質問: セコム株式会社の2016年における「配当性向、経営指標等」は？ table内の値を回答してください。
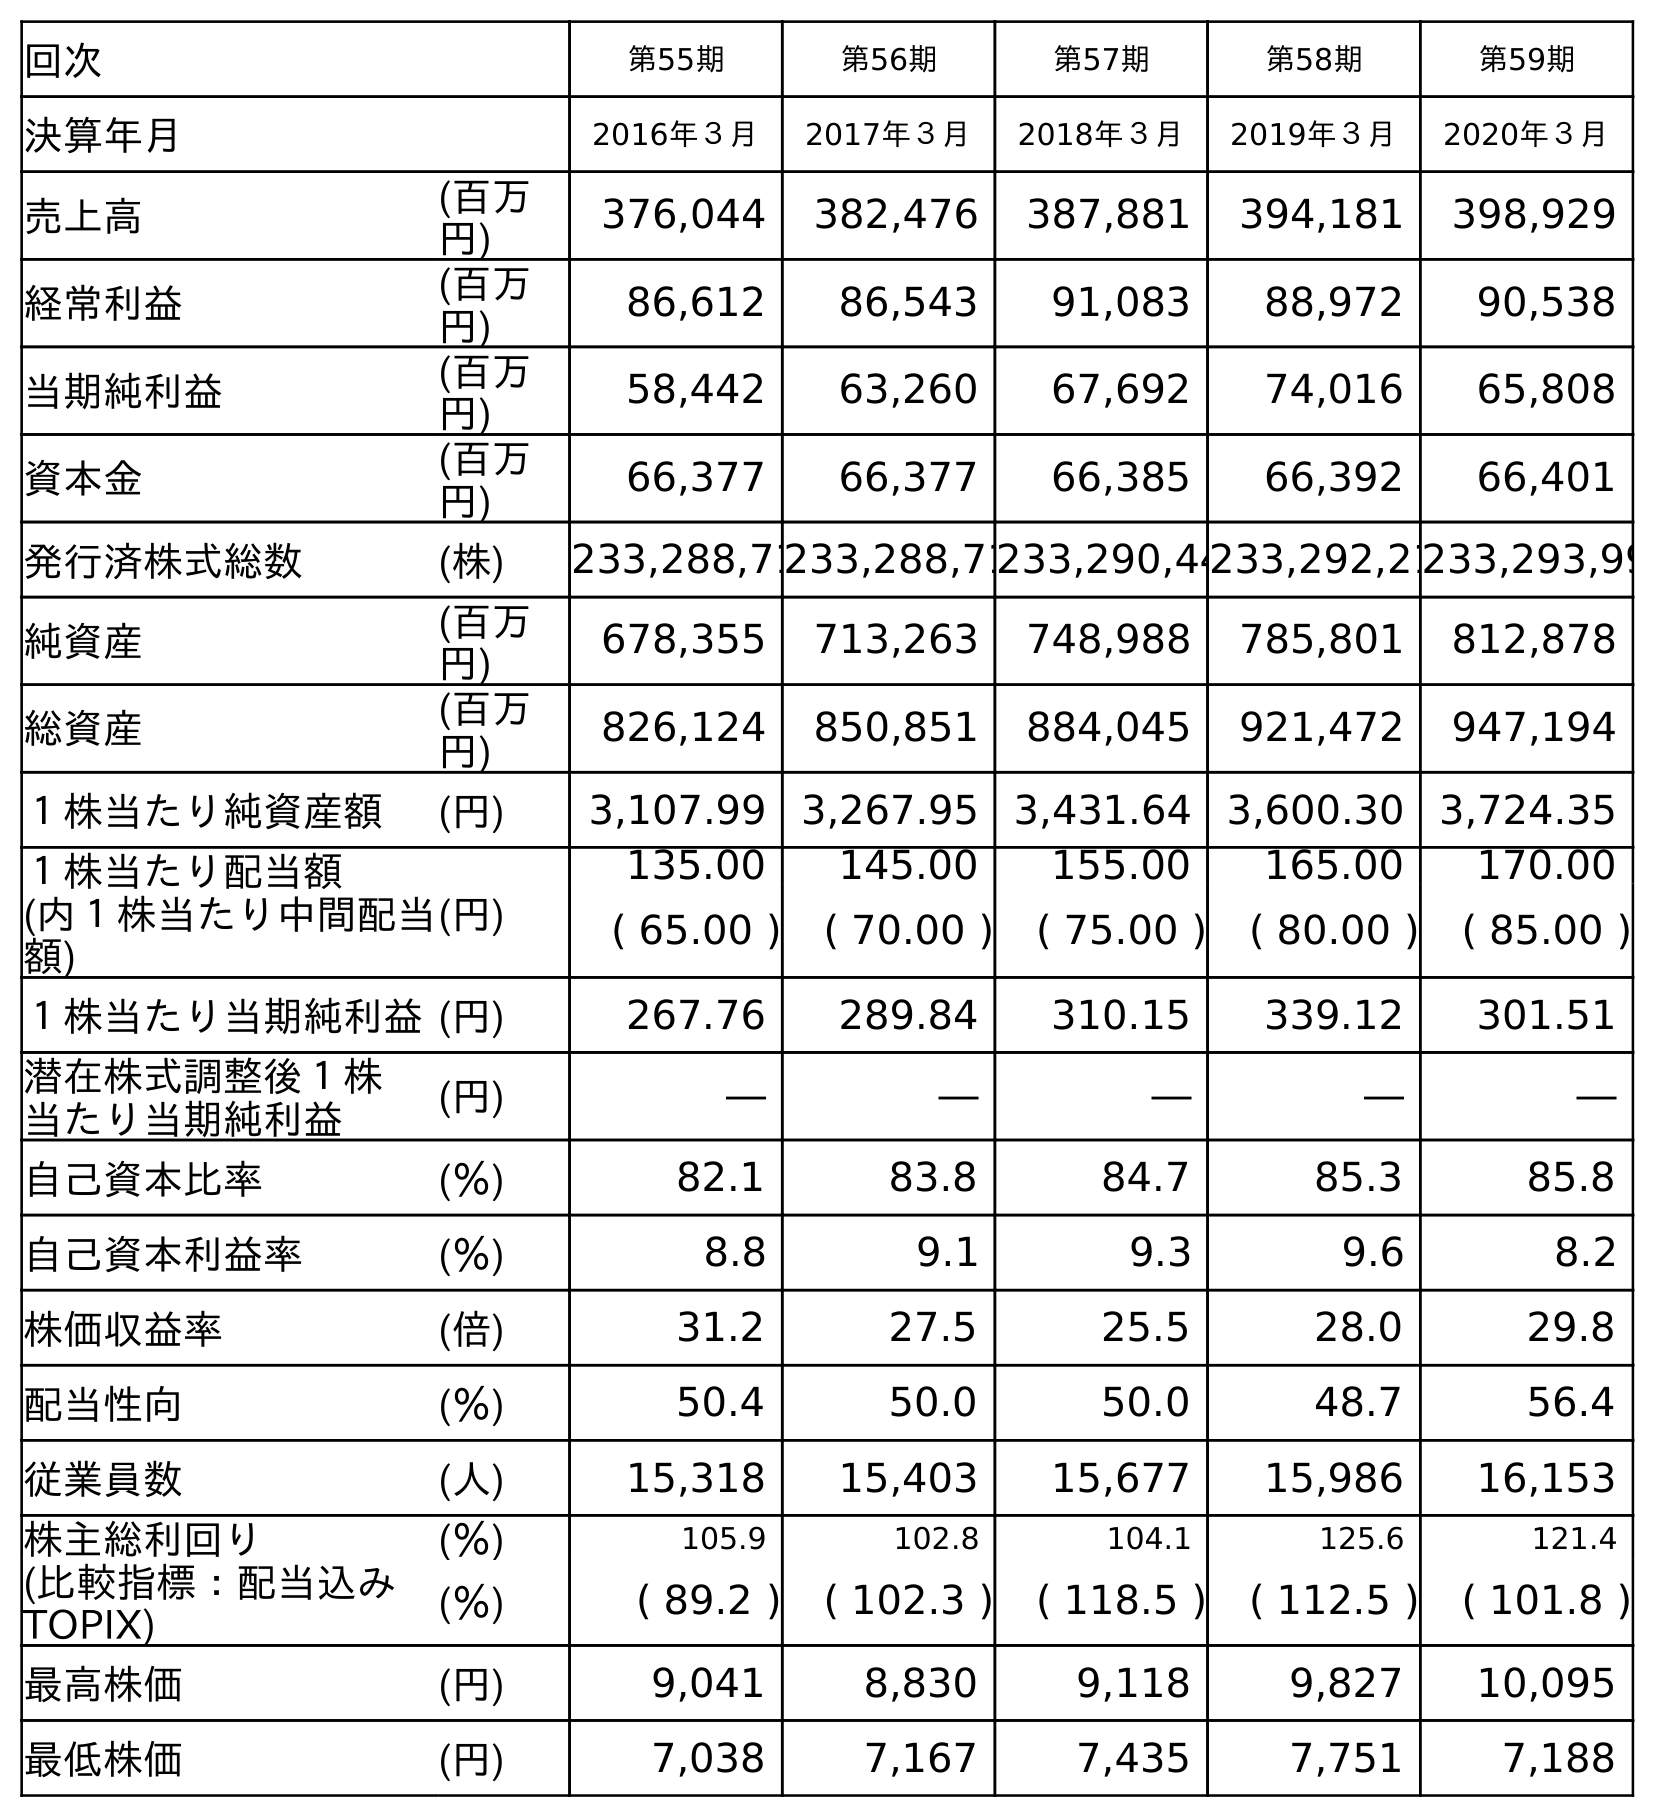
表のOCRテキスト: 回次 第55期 第56期 第57期 第58期 第59期 決算年月 2016年３月 2017年３月 2018年３月 2019年３月 2020年３月 売上高 (百万 円) 376,044 382,476 387,881 394,181 398,929 経常利益 (百万 円) 86,612 86,543 91,083 88,972 90,538 当期純利益 (百万 円) 58,442 63,260 67,692 74,016 65,808 資本金 (百万 円) 66,377 66,377 66,385 66,392 66,401 発行済株式総数 (株) 233,288,71233,288,71233,290,44233,292,21233,293,99 純資産 (百万 円) 678,355 713,263 748,988 785,801 812,878 総資産 (百万 円) 826,124 850,851 884,045 921,472 947,194 １株当たり純資産額 (円) 3,107.99 3,267.95 3,431.64 3,600.30 3,724.35 １株当たり配当額 (内１株当たり中間配当 額) (円) 135.00 145.00 155.00 165.00 170.00 ( 65.00 ) ( 70.00 ) ( 75.00 ) ( 80.00 ) ( 85.00 ) １株当たり当期純利益(円) 267.76 289.84 310.15 339.12 301.51 潜在株式調整後１株 当たり当期純利益 (円) ― ― ― ― ― 自己資本比率 (％) 82.1 83.8 84.7 85.3 85.8 自己資本利益率 (％) 8.8 9.1 9.3 9.6 8.2 株価収益率 (倍) 31.2 27.5 25.5 28.0 29.8 配当性向 (％) 50.4 50.0 50.0 48.7 56.4 従業員数 (人) 15,318 15,403 15,677 15,986 16,153 株主総利回り (％) 105.9 102.8 104.1 125.6 121.4 (比較指標：配当込み TOPIX) (％) ( 89.2 ) ( 102.3 ) ( 118.5 ) ( 112.5 ) ( 101.8 ) 最高株価 (円) 9,041 8,830 9,118 9,827 10,095 最低株価 (円) 7,038 7,167 7,435 7,751 7,188
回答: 50.4